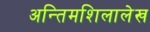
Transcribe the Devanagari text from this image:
अन्तिमशिलालेख